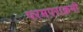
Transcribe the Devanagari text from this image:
परमपराक्रमी